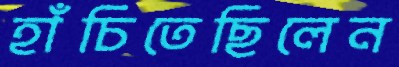
হাঁচিতেছিলেন